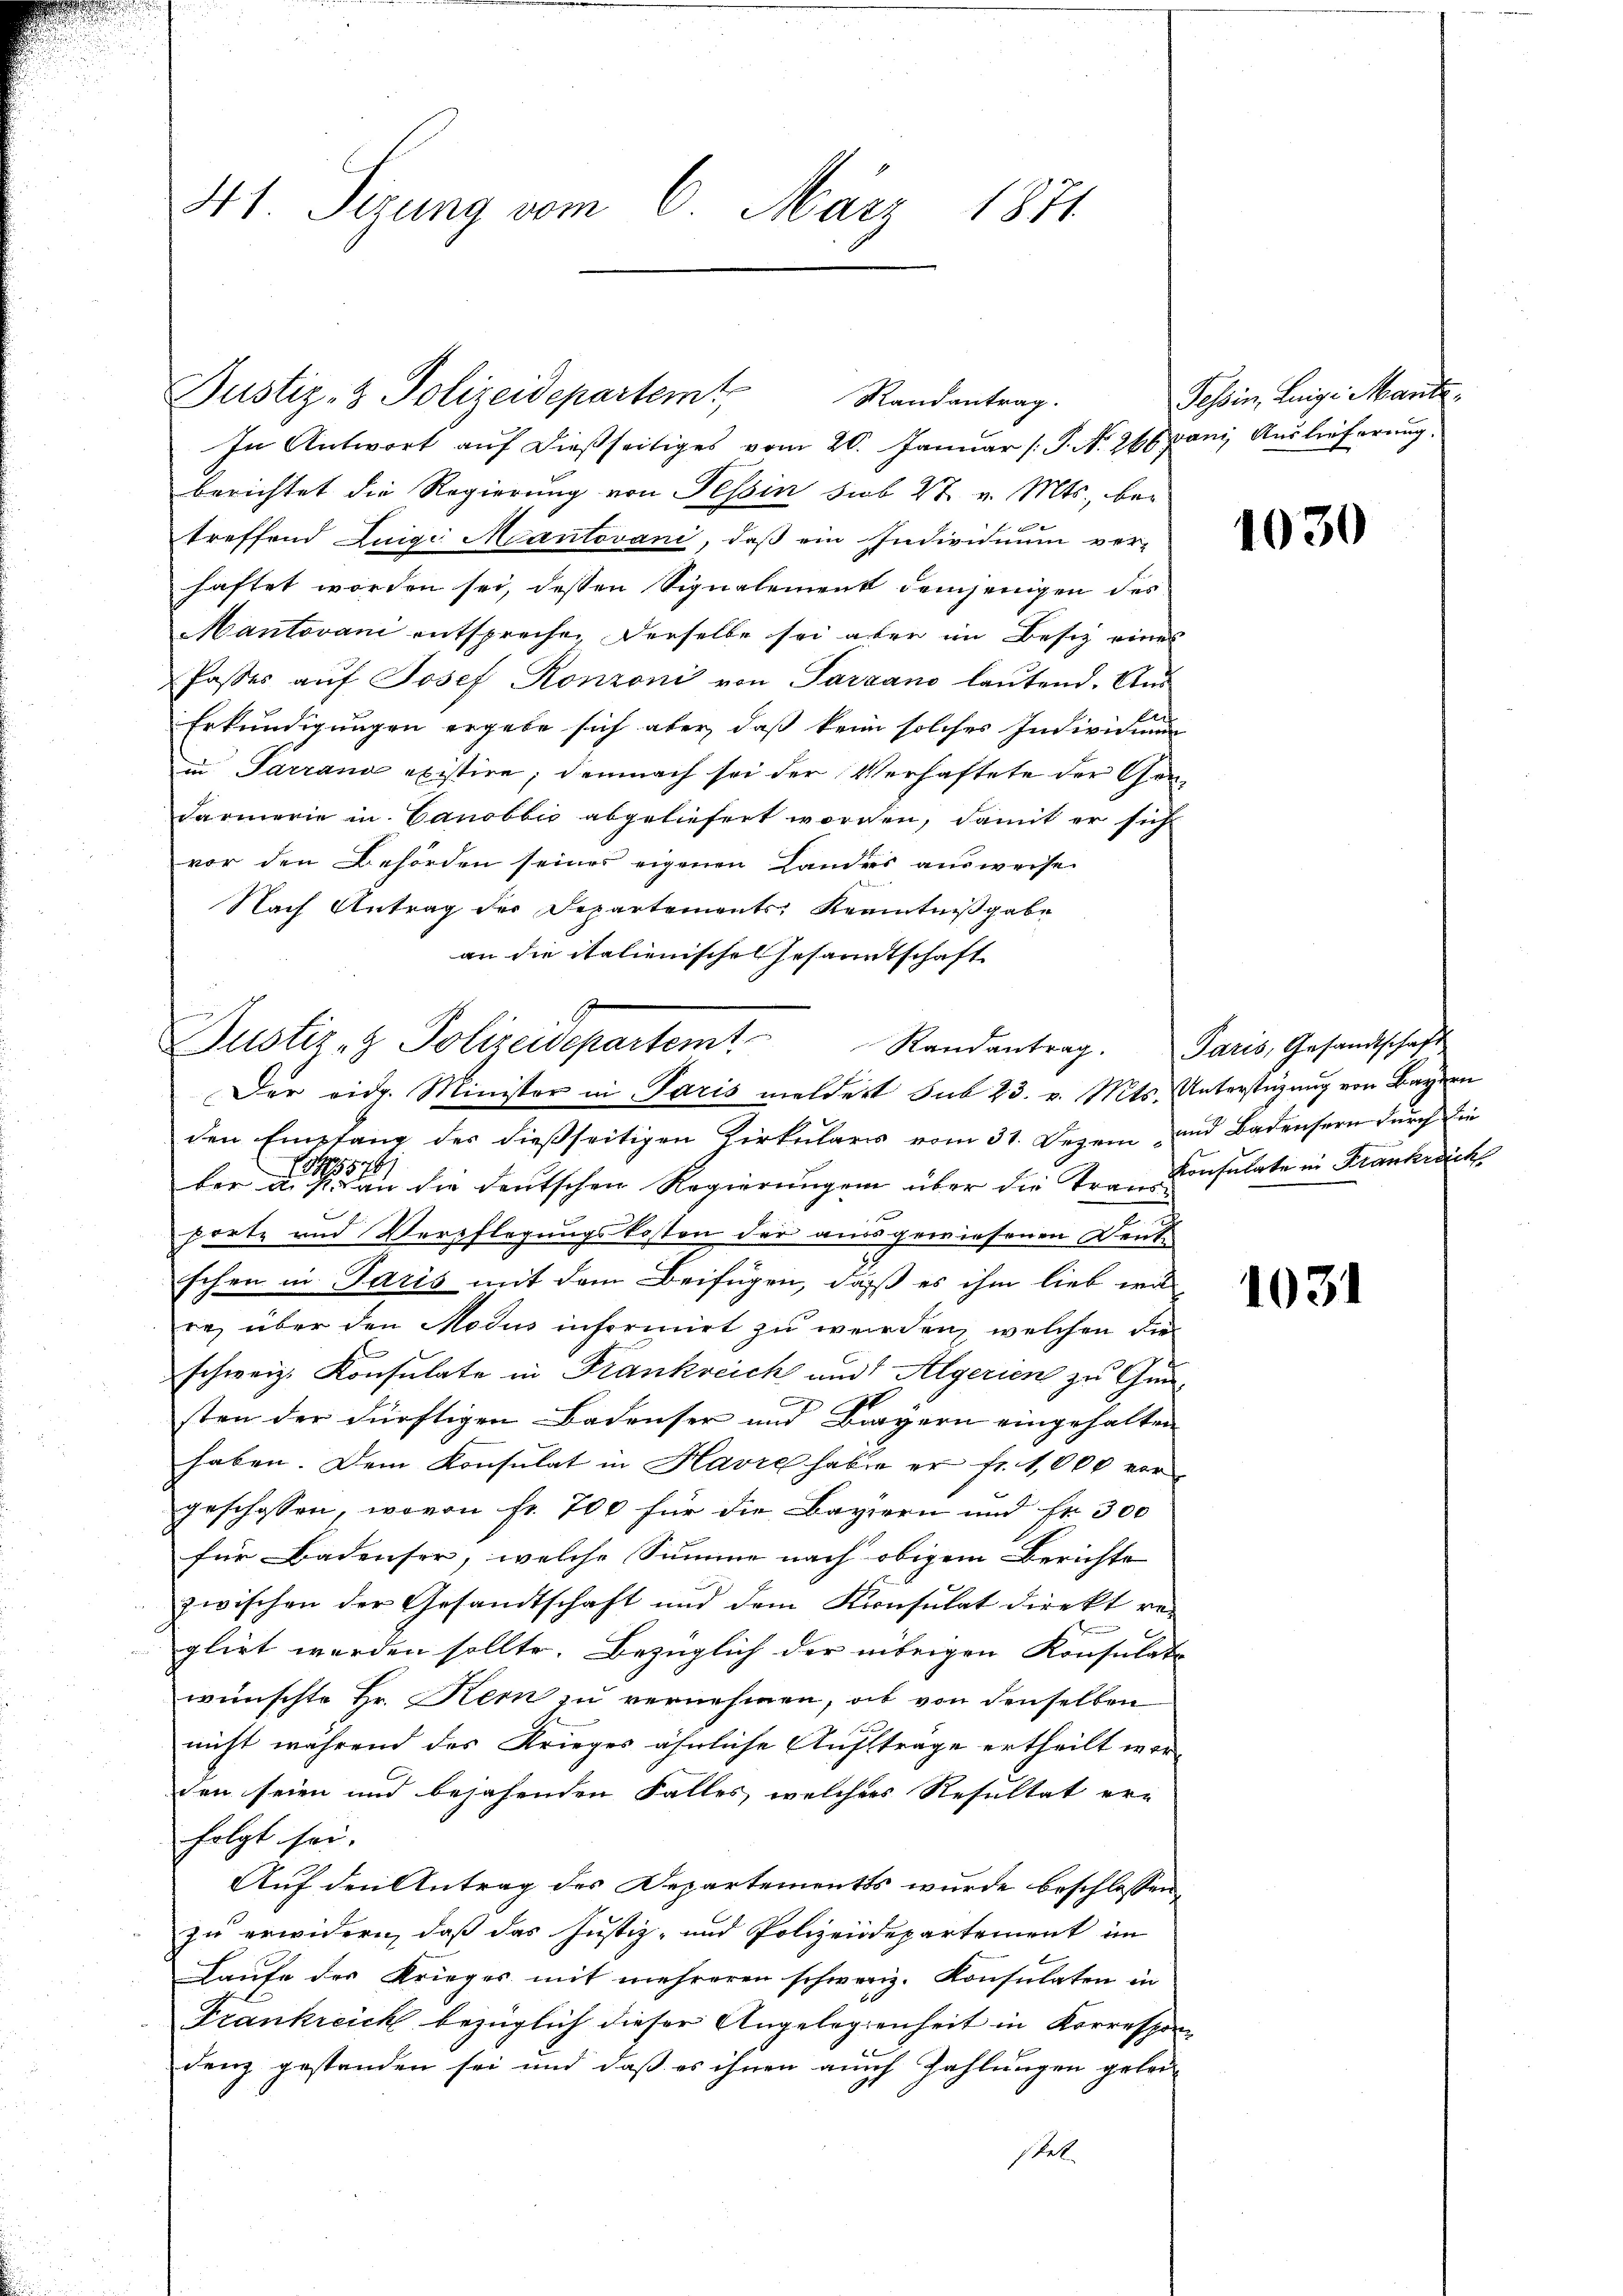
41. Sezung vom 6. März 1871

Justiz- & Polizeidepartem Randantrag.
In Antwort aŭf dießseitiges vom 20. Janŭar (S. N. 266 ani Auslieferŭng.

berichtet die Regierung von Tessin sub 27. v. Mts., bei
f |
treffend Luigi Mantovani, daβ ein Individuum ver-
haftet worden sei, dessen Signalement demjenigen des
Mantovani entsprechen derselbe sei aber im Besiz eines
Passes aŭf Josef Ronzoni von Parcano laŭtend. Und
Erkundigungen ergebe sich aber, daß kein solches Individuu
in Parrano existire, demnach sei der Verhaftete der Gen¬
Farmerie in Canobbić abgeliefert worden, damit er sich
vor den Behörden seines eigenen Landes ausweise
Nach Antrag der Departements, Kenntnißgabe
an die italienisches Gesandtschaft

ber die an die deutschen Regierungen über die Trau Konsulate in Frankreich
porte und Verpflegungskosten der ausgewiesenen Deut
schen in Paris mit dem Beifügen, daß es ihm lieb wil
re, über den Modus informirt zu werden, welchen die
schweiz. Konsulate in Frankreich und Algerien zu Gunsten der dürftigen Badenser und Brayern eingehalten
haben. Dem Konsulat in Havre haben er fr. 1,000 vor
geschossen, wovon fr. 700 für die Baviern und Fr. 300
für Badenser, welche Summe nach obigem Berichte
zwischen der Gesandtschaft und dem Konsulat direkt re-
glirt werden sollte. Bezüglich der übrigen Konsulato
wünschte Hr. Kem zu vernehmen, ob von denselben
nicht während des Krieges ähnliche Auftrage ertheilt worden seien und bejahenden Falles, welcher Resultat er-
folgt sei.
Auf den Antrag des Departements wurde beschlossen,
zu erwidern, daß das Justiz- und Polizeidepartement im
Laufe des Krieges mit mehreren schweriz. Konsulaten in
Frankreich bezüglich dieser Angelegenheit in Korrespon
denz gestanden sei und daß es ihnen auch Zahlungen gelei
stel

g
Justiz- & Polizeidepartemt Randantrag.
Der eidg. Minister in Paris meldert sub 23. v. Mts. Unterstüzung von Bayern
den Empfang des dießseitigen Zirkularis vom 31. Dezem und Badensern durch die

Tessin, Leige Mart.

1030

Paris, Gesandtschaft

1031